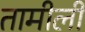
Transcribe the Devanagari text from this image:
तामीली